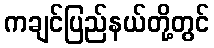
ကချင်ပြည်နယ်တို့တွင်